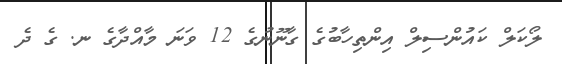
ލޯކަލް ކައުންސިލް އިންތިހާބުގެ ގާނޫނުގެ 12 ވަނަ މާއްދާގެ ނ. ގެ ދެ